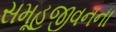
સમૂહજીવનના